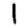
Digit: 1